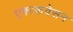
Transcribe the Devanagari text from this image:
एक्स्कवेसन